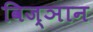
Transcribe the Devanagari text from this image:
विज्ञान